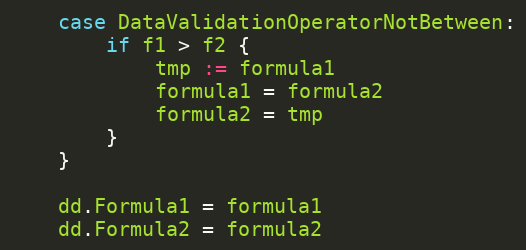
Language: Go
	case DataValidationOperatorNotBetween:
		if f1 > f2 {
			tmp := formula1
			formula1 = formula2
			formula2 = tmp
		}
	}

	dd.Formula1 = formula1
	dd.Formula2 = formula2